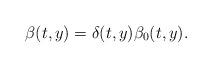
LaTeX: \begin{align*} \beta(t,y)=\delta(t,y)\beta_0(t,y).\end{align*}